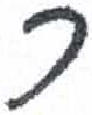
אות: ר